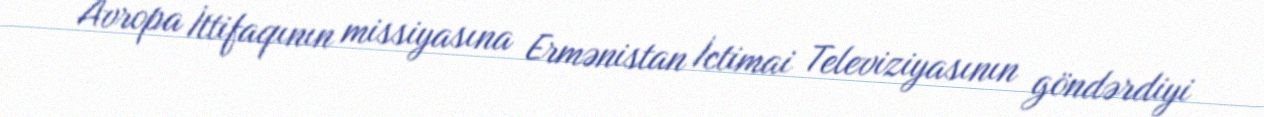
Avropa İttifaqının missiyasına Ermənistan İctimai Televiziyasının göndərdiyi